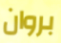
بروان